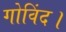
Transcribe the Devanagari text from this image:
गोविंद।